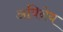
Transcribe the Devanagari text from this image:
अविनेय